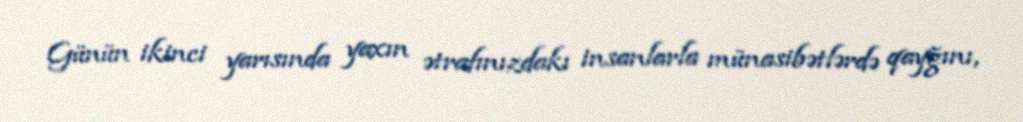
Günün ikinci yarısında yaxın ətrafınızdakı insanlarla münasibətlərdə qayğını,